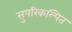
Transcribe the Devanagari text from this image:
सुपरिकल्पित